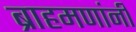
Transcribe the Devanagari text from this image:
ब्राहमणांनी